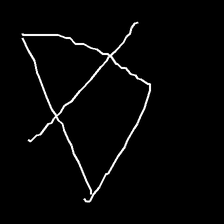
Glyph: empower